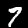
Digit: 7